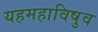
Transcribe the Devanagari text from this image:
यहमहाविषुव